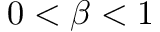
0 < \beta < 1